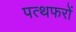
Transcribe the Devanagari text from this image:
पत्थफरों